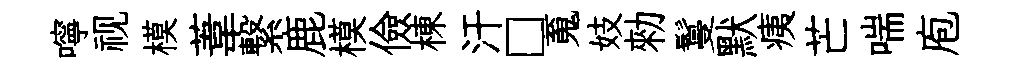
嚀视模葦繋鹿模儉棟汗□䰟妓勑鬘默痍芒喘庖